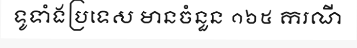
ទូទាំងប្រទេស មានចំនួន ១៦៥ ករណី